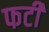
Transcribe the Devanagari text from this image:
फटीं